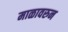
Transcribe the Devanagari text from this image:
माळावरुन